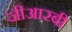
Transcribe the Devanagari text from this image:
जीआरबी